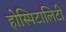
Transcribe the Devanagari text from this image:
होस्पिटालिटी